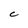
Character: C